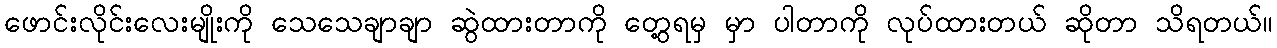
ဖောင်းလိုင်းလေးမျိုးကို သေသေချာချာ ဆွဲထားတာကို တွေ့ရမှ မှာ ပါတာကို လုပ်ထားတယ် ဆိုတာ သိရတယ်။